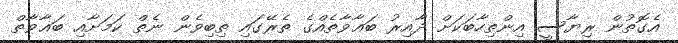
އެގޮތުން ރިޔާސީ އިންތިހާބަކަށް ދާއިރު ބަޣާވާތެއްގެ ތެރޭގައި ތިބިވެން ނެތް ކަމަށާއި ބަޣާވާތް